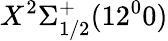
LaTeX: X^{2}\Sigma_{1/2}^{+}(12^{0}0)